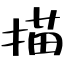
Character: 描